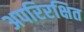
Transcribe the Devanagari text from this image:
अपरिरक्षित